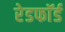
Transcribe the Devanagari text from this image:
रेडफाॅर्ड